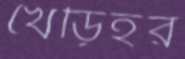
খেড়িহর